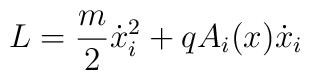
L=\frac{m}{2}\dot x_i^2+qA_i(x)\dot x_i